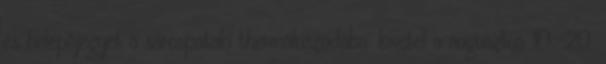
és belépõjegyet a sárospataki thermáluszodába. kivétel a augusztus 10.-20.